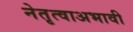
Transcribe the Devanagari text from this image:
नेतृत्वाअभावी